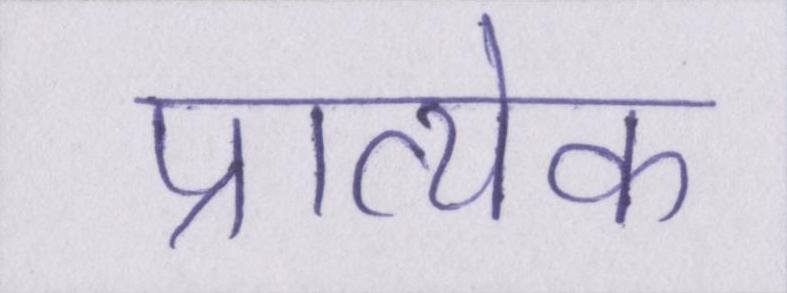
प्रात्येक